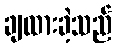
ချထားခဲ့သည်